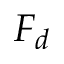
F _ { d }